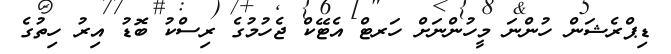
ޑިޕްރެޝަން ހުންނަ މީހުންނަށް ހަރޓް އެޓޭކް ޖެހުމުގެ ރިސްކު ބޮޑު އިރު ހިތުގެ